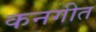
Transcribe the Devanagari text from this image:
कनगीत